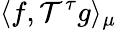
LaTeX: \langle f,\mathcal{T}^{\tau}g\rangle_{\mu}